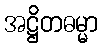
အဋ္ဌိတဓမ္မာ